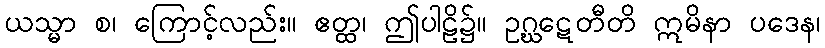
ယသ္မာ စ၊ ကြောင့်လည်း။ ဧတ္ထ၊ ဤပါဠိ၌။ ဥဂ္ဃဋေတီတိ ဣမိနာ ပဒေန၊